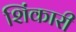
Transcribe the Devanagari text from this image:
शिंकारी